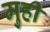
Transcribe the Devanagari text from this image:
मुही